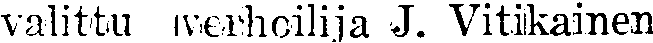
valittu verhoilija J. Vitikainen